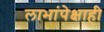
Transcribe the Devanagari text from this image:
लाभांपेक्षाही